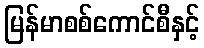
မြန်မာစစ်ကောင်စီနှင့်